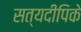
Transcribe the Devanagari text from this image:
सत्यदीपिके